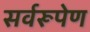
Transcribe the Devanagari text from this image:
सर्वरूपेण